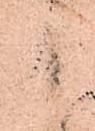
候